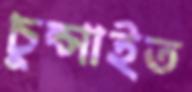
চুপ্‌সাইত